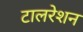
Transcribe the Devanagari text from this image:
टालरेशन